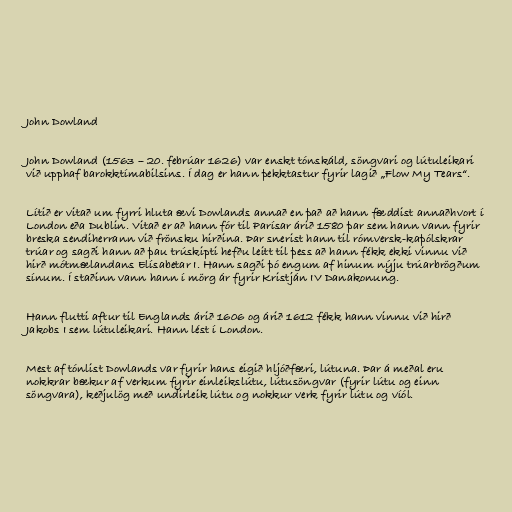
John Dowland

John Dowland (1563 – 20. febrúar 1626) var enskt tónskáld, söngvari og lútuleikari
við upphaf barokktímabilsins. Í dag er hann þekktastur fyrir lagið „Flow My Tears“.

Lítið er vitað um fyrri hluta ævi Dowlands annað en það að hann fæddist annaðhvort í
London eða Dublin. Vitað er að hann fór til Parísar árið 1580 þar sem hann vann fyrir
breska sendiherrann við frönsku hirðina. Þar snerist hann til rómversk-kaþólskrar
trúar og sagði hann að þau trúskipti hefðu leitt til þess að hann fékk ekki vinnu við
hirð mótmælandans Elísabetar I. Hann sagði þó engum af hinum nýju trúarbrögðum
sínum. Í staðinn vann hann í mörg ár fyrir Kristján IV Danakonung.

Hann flutti aftur til Englands árið 1606 og árið 1612 fékk hann vinnu við hirð
Jakobs I sem lútuleikari. Hann lést í London.

Mest af tónlist Dowlands var fyrir hans eigið hljóðfæri, lútuna. Þar á meðal eru
nokkrar bækur af verkum fyrir einleikslútu, lútusöngvar (fyrir lútu og einn
söngvara), keðjulög með undirleik lútu og nokkur verk fyrir lútu og víól.